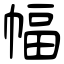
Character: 幅